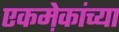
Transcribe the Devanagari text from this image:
एकमे़कांच्या